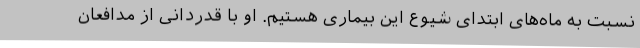
نسبت به ماه‌های ابتدای شیوع این بیماری هستیم. او با قدردانی از مدافعان